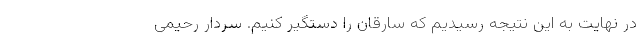
در نهایت به این نتیجه رسیدیم که سارقان را دستگیر کنیم. سردار رحیمی